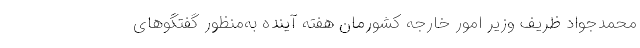
محمدجواد ظریف وزیر امور خارجه کشورمان هفته آینده به‌منظور گفتگوهای